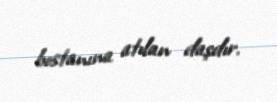
bostanına atılan daşdır.